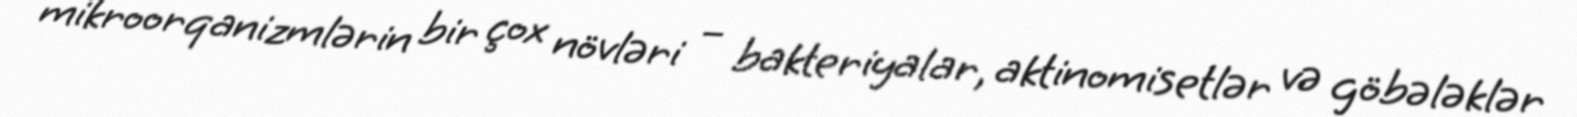
mikroorqanizmlərin bir çox növləri – bakteriyalar, aktinomisetlər və göbələklər